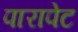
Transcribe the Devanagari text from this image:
पारापेट